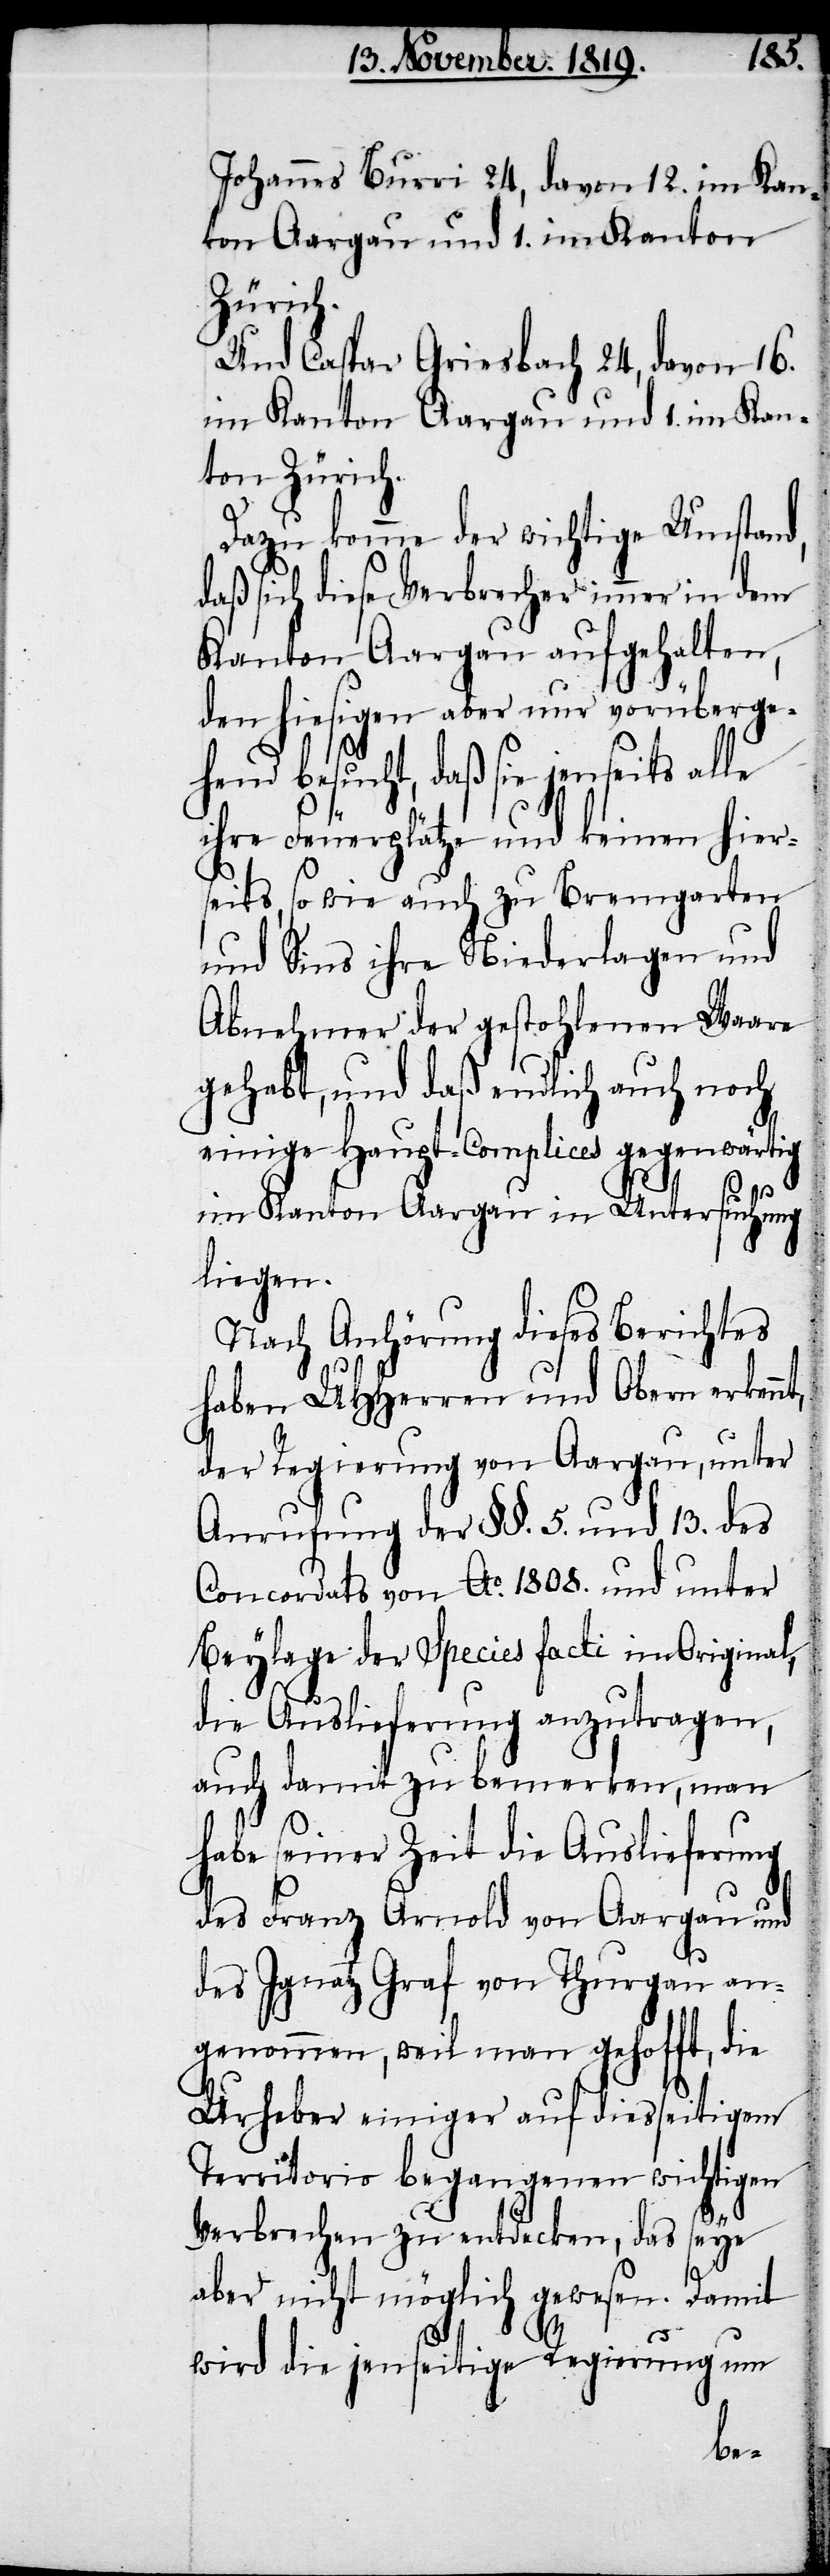
Johannes Burri 24, davon 12. im Kan¬
ton Aargau und 1. im Kanton
Zürich.
Und Caspar Griesbach 24, davon 16.
im Kanton Aargau und 1. im Kan¬
ton Zürich.
Dazu komme der wichtige Umstand,
daß sich diese Verbrecher immer in dem
Kanton Aargau aufgehalten,
den hiesigen aber nur vorüberge¬
hend besucht, daß sie jenseits alle
ihre Feuerplätze und keinen hier¬
seits, so wie auch zu Bremgarten
und Sins ihre Niederlagen und
Abnehmer der gestohlenen Waare
gehabt, und daß endlich auch noch
einige Haupt-Complices gegenwärtige
im Kanton Aargau in Untersuchung
liegen.
Nach Anhörung dieses Berichtes
haben UHHerren und Obern erkennt,
der Regierung von Aargau, unter
Anrufung der §§. 5. und 13. des
Concordats von Ao. 1808. und unter
Beylage der Species facti in Original,
die Auslieferung anzutragen,
auch damit zu bemerken, man
habe seiner Zeit die Auslieferung
des Franz Arnold von Aargau und
des Ignatz Graf von Thurgau an¬
genommen, weil man gehofft, die
Urheber einiger auf diesseitigem
Territorio begangenen wichtigen
Verbrechen zu entdecken, das seye
aber nicht möglich gewesen. Damit
wird die jenseitige Regierung um